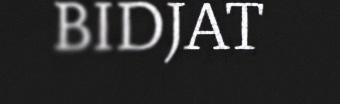
BIDJAT